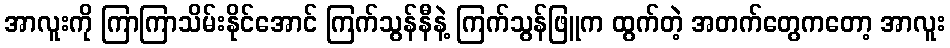
အာလူးကို ကြာကြာသိမ်းနိုင်အောင် ကြက်သွန်နီနဲ့ ကြက်သွန်ဖြူက ထွက်တဲ့ အတက်တွေကတော့ အာလူး